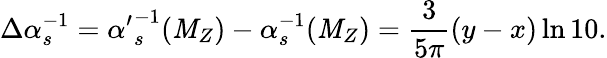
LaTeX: \Delta\alpha_{s}^{-1}={\alpha^{\prime}}_{s}^{-1}(\mathit{M}_{Z})-\alpha_{s}^{-1}(\mathit{M}_{Z})={\frac{{3}}{{5\pi}}}(y-x)\ln10.